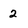
Character: 2